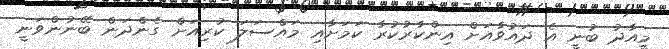
މީއާދު ބުނީ އެ ދައުވާއަށް އިންކާރުކުރާ ކަމަށާއި މައްސަލަ ކުރިއަށް ގެންދަން ބޭނުންވަނީ